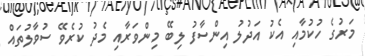
މަރުގެ ހުކުމާއި އެކު އަދުލު އިންސާފު ލިބޭ މިންވަރާއި މެދު ކުރެވޭ ސުވާލުތައް